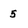
Character: 5